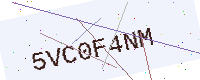
Text: 5VC0F4NM